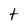
Character: t